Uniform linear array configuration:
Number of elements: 12
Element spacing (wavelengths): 1
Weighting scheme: cosine
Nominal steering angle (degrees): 30
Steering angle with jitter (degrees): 28.036
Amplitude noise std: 0.05
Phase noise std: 0.05

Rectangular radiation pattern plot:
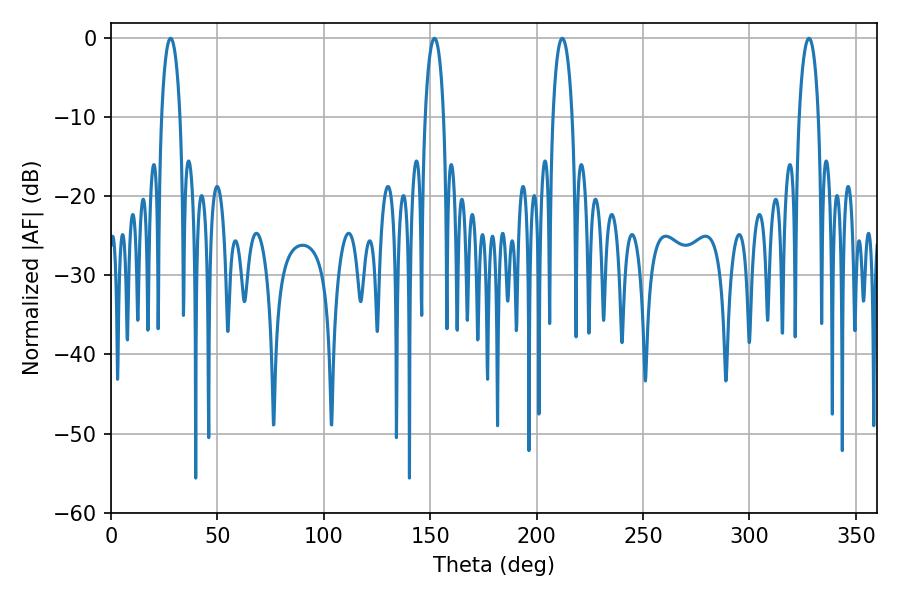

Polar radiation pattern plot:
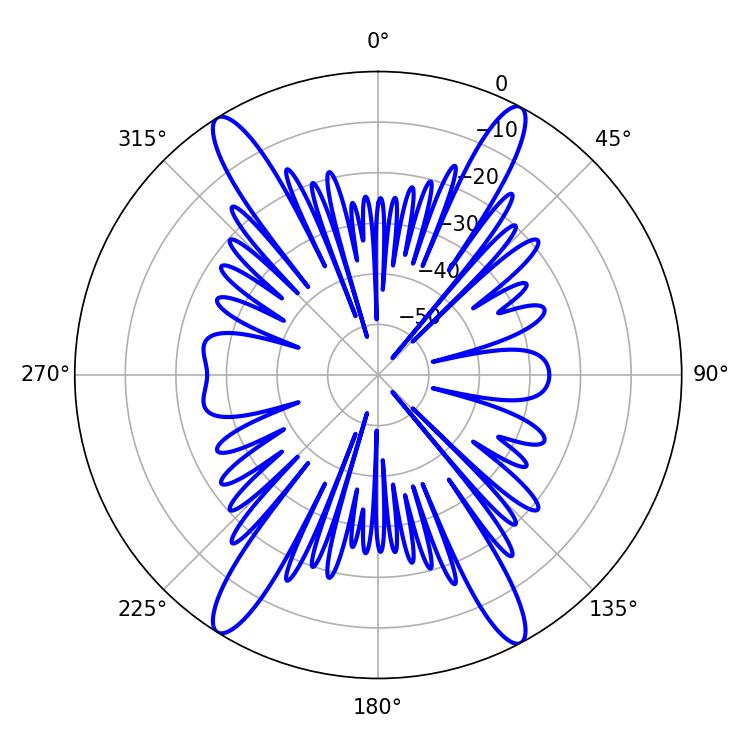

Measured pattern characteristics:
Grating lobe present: TRUE
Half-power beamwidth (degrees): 5.22
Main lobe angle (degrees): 212.04